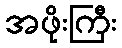
အဖိုးကြီး